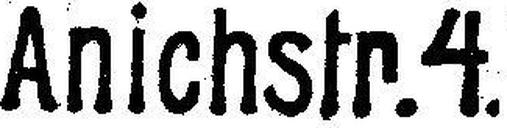
Anichstr. 4.